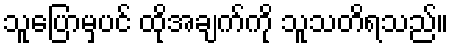
သူပြောမှပင် ထိုအချက်ကို သူသတိရသည်။